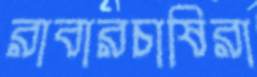
রাবারচাষিরা